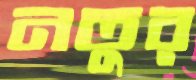
নতুর